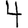
Digit: 4